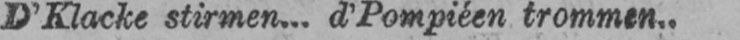
D’Klacke stirmen... d’Pompiéen trommen..